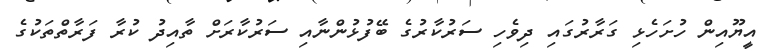
އީޔޫއިން ހުށަހެޅި ގަރާރުގައި ދިވެހި ސަރުކާރުގެ ބޭފުޅުންނާއި ސަރުކާރަށް ތާއިދު ކުރާ ފަރާތްތަކުގެ